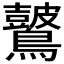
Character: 𪇞